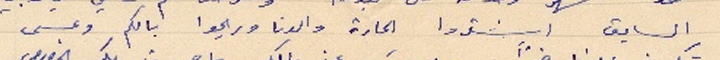
السابق اشتروا الحارة والدنا وريحوا بالكم وعسى